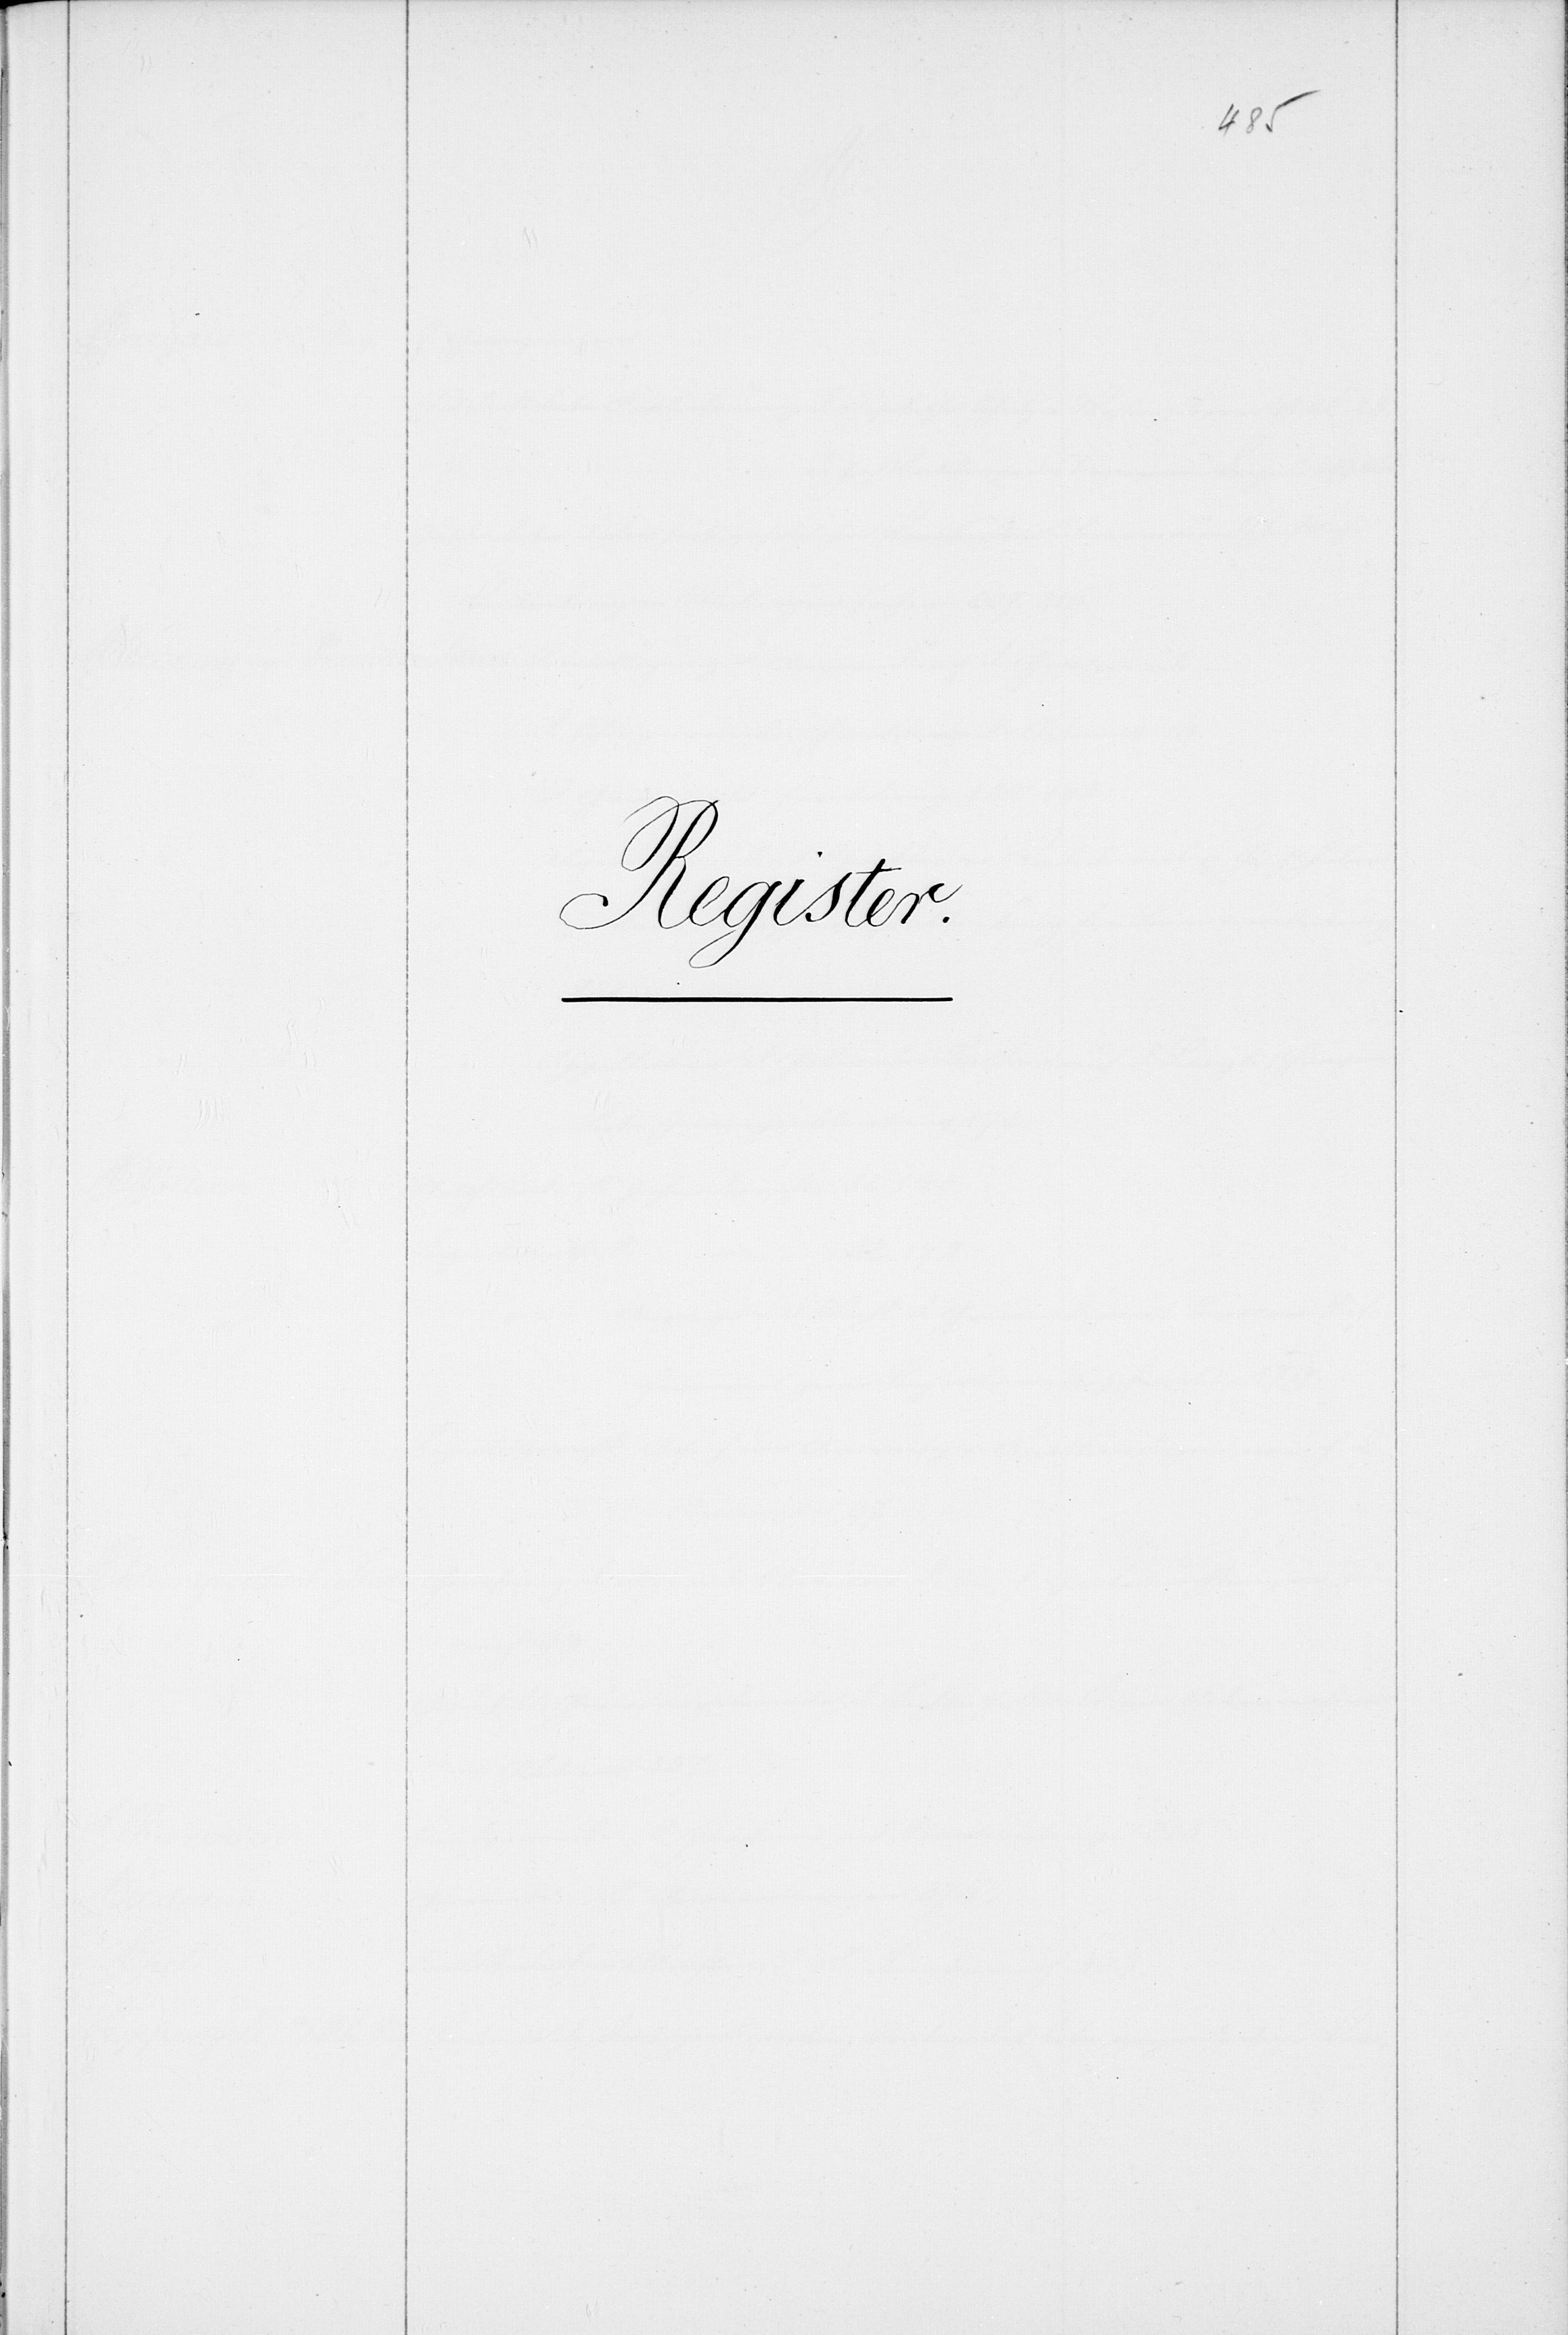
5.

an
dig¬
ung.

1866.]